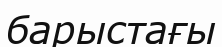
барыстағы